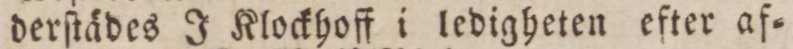
derſtwädes J Klockhoff i ledigheten efter af=